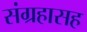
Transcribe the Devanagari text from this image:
संग्रहासह